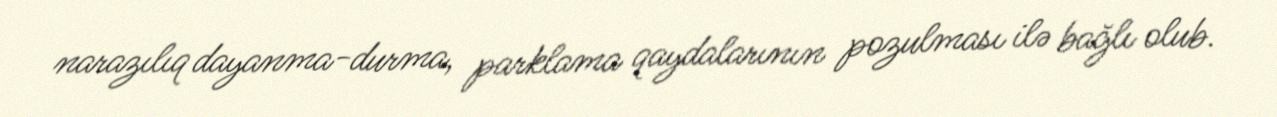
narazılıq dayanma-durma, parklama qaydalarının pozulması ilə bağlı olub.